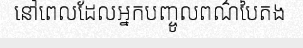
នៅពេលដែលអ្នកបញ្ចូលពណ៌បៃតង